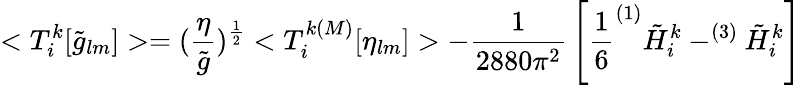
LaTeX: <T_{i}^{k}[\tilde{g}_{lm}]>=(\frac{\eta}{\tilde{g}})^{\frac{1}{2}}<T_{i}^{k(M)}[\eta_{lm}]>-{\frac{1}{2880\pi^{2}}}\left[{\frac{1}{6}}^{(1)}\tilde{H}_{i}^{k}-^{(3)}\tilde{H}_{i}^{k}\right]